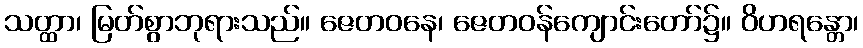
သတ္ထာ၊ မြတ်စွာဘုရားသည်။ ဇေတဝနေ၊ ဇေတဝန်ကျောင်းတော်၌။ ဝိဟရန္တော၊